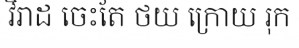
វិរាដ ចេះតែ ថយ ក្រោយ រុក